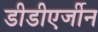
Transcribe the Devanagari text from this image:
डीडीएर्जीन